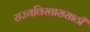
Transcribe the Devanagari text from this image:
राज्यविस्तारासाठी